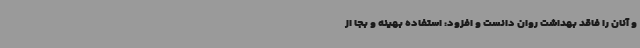
و آنان را فاقد بهداشت روان دانست و افزود: استفاده بهینه و بجا از